Medical and sanitary report of the native army of Madras for the year
Year: 1875
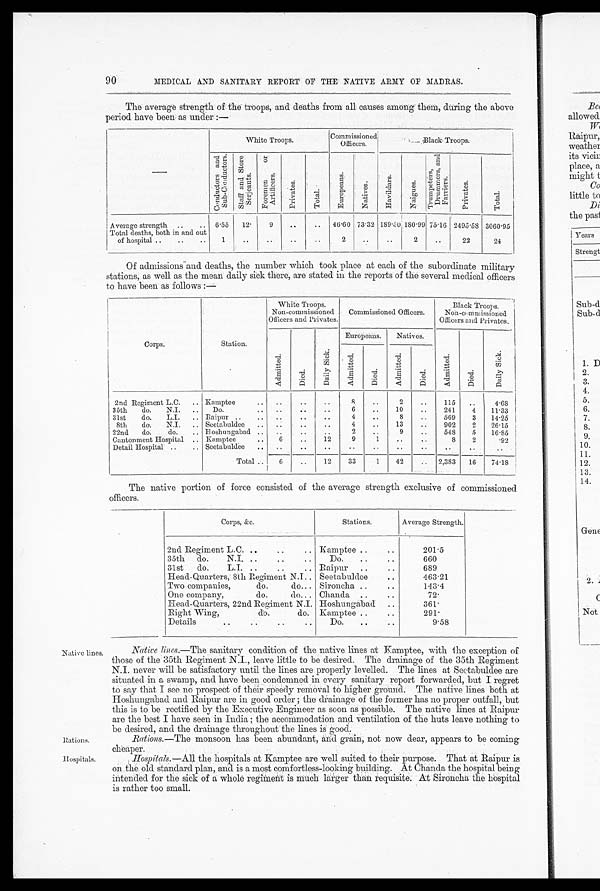
9 0
MEDICAL AND SANITARY REPORT OF THE NATIVE ARMY OF MADRAS.
The average strength of the troops, and deaths from all causes among them, during the above
period have been as under :—
White Troops.
Commissioned
Officers.
Black. Troops.
C o n d u c t o r s a n d S u b - C o n d u c t o r s . S t a f f a n d S t o r e S e r j e a n t s .
F o r e m e n o r A r t i f i c e r s .
Pr i v a t e s .
Tot al .
E u r o p e a n s .
N a t i v e s .
Ha v i l d a r s .
Na i g u e s .
T r u m p e t e r s , D r u m m e r s , a n d F a r r i e r s .
Pr i v a t e s .
Tot al .
Average strength ..
.. 6.55 12.
9
..
.. 46.60 73.32 189.50 180.99 75.16 2495.58 3060.95
Total deaths, both in and out
of hospital ..
..
..
1
..
..
..
..
2
..
..
2
..
22
24
Of admissions and deaths, the number which took place at each of the subordinate military
stations, as well as the mean daily sick there, are stated in the reports of the several medical officers
to have been as follows :—
White Troops.
Non-commi ssi oned Offi cers and Pri vat es,
Commissioned Officers.
Black Troops.
Non-commissioned
Officers and Privates.
Corps.
Station.
Europeans.
Natives.
Ad mi t t e d
Died
Da i l y S i c k .
Admi t t ed.
Died
Ad mi t t e d
Di ed
Admi t t e d
Died
Dai l y Si ck
2nd Regiment L.C. .. Kamptee
..
..
..
8
..
2
..
115 ..
4.68
35th
do.
N.I. ..
Do.
.. ..
..
..
6
..
10
..
241
4
11.33
31st
do.
L.I. .. Raipur ..
.. ..
..
..
4
..
8
..
569
3
14.25
8th
do.
N.I. .. Seetabuldee .. ..
..
..
4
..
13
..
902
2
26.15
22nd do.
do.
.. Boshungabad .. ..
..
..
2
..
9
..
548
5
16.85
Cantonment Hospital .. Kamptee
..
6
..
12
9
1
..
..
8
2
92
Detail Hospital ..
.. Seetabuldee .. ..
..
..
..
..
..
..
..
..
. .
Total ..
6
..
12
33
1
42
.. 2,383 16
74.18
The native portion of force consisted of the average strength exclusive of commissioned
officers.
Corps, &c.
Stations.
Average Strength.
2nd Regiment L.C. ..
..
..
Kamptee ..
..
201.5
35th do.
N.I. ..
..
..
Do.
..
..
660
31st
do.
L.I. .. ..
..
Raipur
.. . .
689
Head-Quarters, 8th Regiment N.J. Seetabuldee..
463.21
Two companies,
do.
do.. Sironcha ..
..
143.4
One company,
do.
do... Chanda ..
..
72.
Head-Quarters, 22nd Regiment N.I. Hoshungabad ..
361.
Right Wing,
do.
do. Kamptee ..
..
291.
Details..
..
..
Do ..
9.58
Native lines.
Native lines.— The sanitary condition of the native lines at Kamptee, with the exception of
those of the 35th Regiment N.I., leave little to be desired. The drainage of the 35th Regiment
N.I. never will be satisfactory until the lines are properly levelled. The lines at Seetabuldee are
situated in a swamp, and have been condemned in every sanitary report forwarded, but I regret
to say that I see no prospect of their speedy removal to higher ground. The native lines both at
lloshungabad and Raipur are in good order ; the drainage of the former has no proper outfall, but
this is to be rectified by the Executive Engineer as soon as possible. The native lines at Itaipur
are the best I have seen in India ; the accommodation and ventilation of the huts leave nothing to
be desired, and the drainage throughout the lines is good.
Rations.
Rations.— The monsoon has been abundant, and grain, not now dear, appears to be coming
cheaper.
Hospitals.
Hospitals.—All the hospitals at Kamptee are well suited to their purpose. That at Raipur is
on the old standard plan, and is a most comfortless-looking building. At Chanda the hospital being
intended for the sick of a whole regiment is much larger than requisite. At Sironcha the hospital
is rather too small.